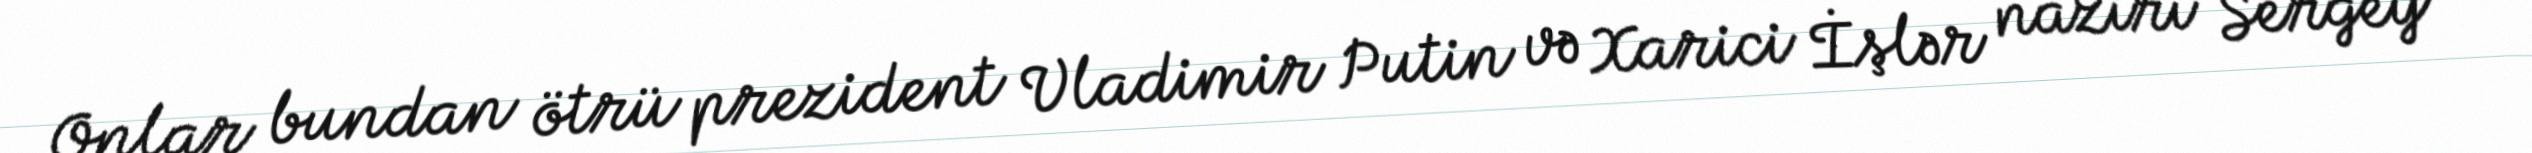
Onlar bundan ötrü prezident Vladimir Putin və Xarici İşlər naziri Sergey